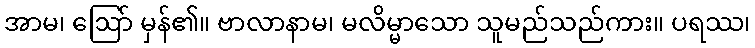
အာမ၊ ဩော် မှန်၏။ ဗာလာနာမ၊ မလိမ္မာသော သူမည်သည်ကား။ ပရဿ၊